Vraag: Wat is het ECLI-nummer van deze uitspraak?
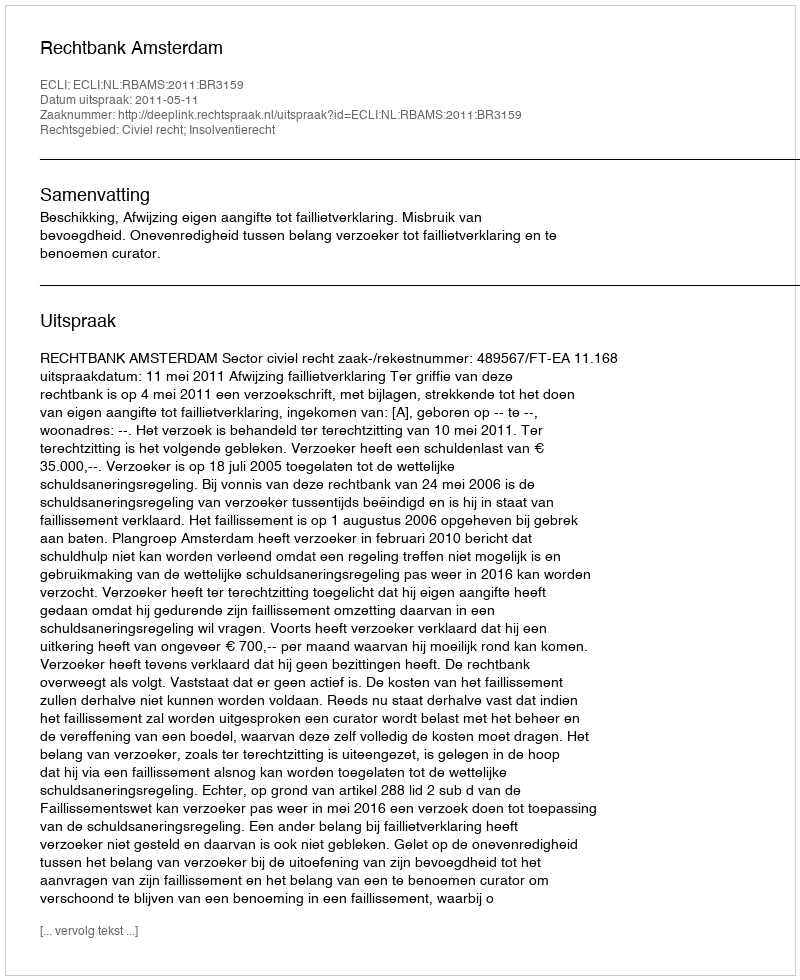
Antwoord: ECLI:NL:RBAMS:2011:BR3159